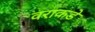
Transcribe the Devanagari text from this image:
वराकडे